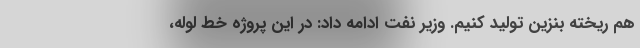
هم ریخته بنزین تولید کنیم. وزیر نفت ادامه داد: در این پروژه خط لوله،